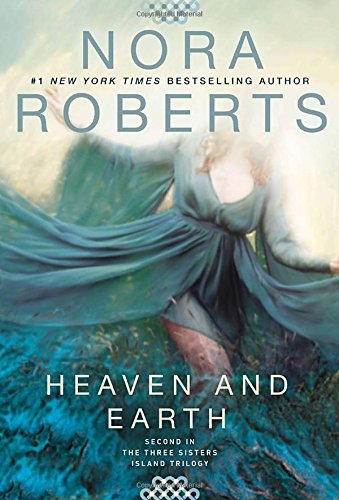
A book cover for Heaven and Earth: Three Sisters Island Trilogy; Nora Roberts; Romance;